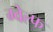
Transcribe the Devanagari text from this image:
ग्वेल्फ